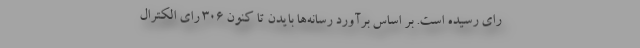
رای رسیده است. بر اساس برآورد رسانه‌ها بایدن تا کنون ۳۰۶ رای الکترال